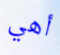
أهي